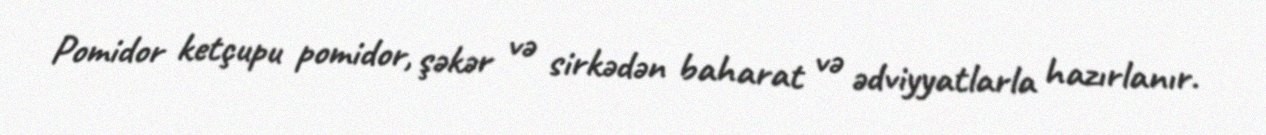
Pomidor ketçupu pomidor, şəkər və sirkədən baharat və ədviyyatlarla hazırlanır.